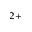
^ { 2 + }